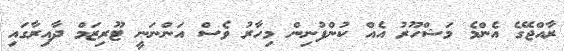
ރާއްޖޭގެ އެންމެ މަޝްހޫރު އެއް ކުންފުނިން މިހާރު ވެސް އަންނަނީ ޓޫރިޒަމް ދާއިރާގައި